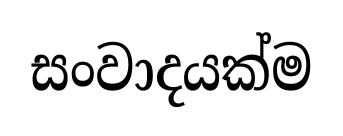
සංවාදයක්ම